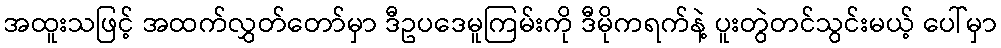
အထူးသဖြင့် အထက်လွှတ်တော်မှာ ဒီဥပဒေမူကြမ်းကို ဒီမိုကရက်နဲ့ ပူးတွဲတင်သွင်းမယ့် ပေါ်မှာ